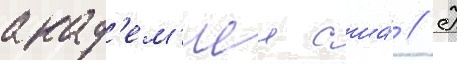
акад'ем'иеи сша́ // К